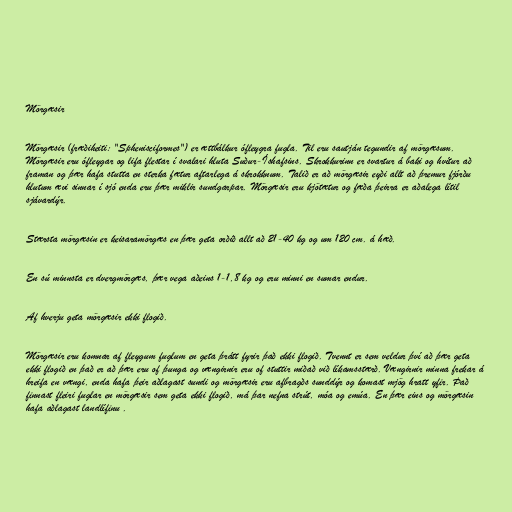
Mörgæsir

Mörgæsir (fræðiheiti: "Sphenisciformes") er ættbálkur ófleygra fugla. Til eru sautján tegundir af mörgæsum.
Mörgæsir eru ófleygar og lifa flestar í svalari hluta Suður-Íshafsins. Skrokkurinn er svartur á baki og hvítur að
framan og þær hafa stutta en sterka fætur aftarlega á skrokknum. Talið er að mörgæsir eyði allt að þremur fjórðu
hlutum ævi sinnar í sjó enda eru þær miklir sundgarpar. Mörgæsir eru kjötætur og fæða þeirra er aðalega lítil
sjávardýr.

Stærsta mörgæsin er keisaramörgæs en þær geta orðið allt að 21-40 kg og um 120 cm. á hæð.

En sú minnsta er dvergmörgæs, þær vega aðeins 1-1,8 kg og eru minni en sumar endur.

Af hverju geta mörgæsir ekki flogið.

Mörgæsir eru komnar af fleygum fuglum en geta þrátt fyrir það ekki flogið. Tvennt er sem veldur því að þær geta
ekki flogið en það er að þær eru of þunga og vængirnir eru of stuttir miðað við líkamsstærð. Vængirnir minna frekar á
hreifa en vængi, enda hafa þeir aðlagast sundi og mörgæsir eru afbragðs sunddýr og komast mjög hratt yfir. Það
finnast fleiri fuglar en mörgæsir sem geta ekki flogið, má þar nefna strút, móa og emúa. En þær eins og mörgæsin
hafa aðlagast landlífinu .